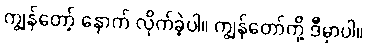
ကျွန်တော့် နောက် လိုက်ခဲ့ပါ။ ကျွန်တော်တို့ ဒီမှာပါ။